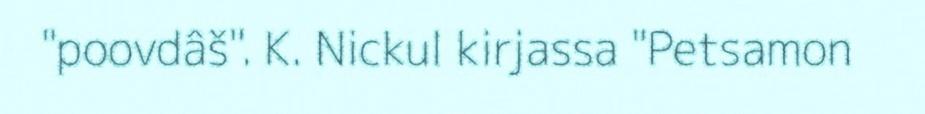
"poovdâš". K. Nickul kirjassa "Petsamon